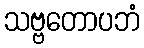
သဗ္ဗတောပဘံ